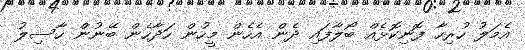
އެމަލު ހުރިހާ ފޮނިކޮޅެއް ބޯލާފައި ދެން އެހެން މީހުން ހަދާހެން ބޭނުން ހާސިލު